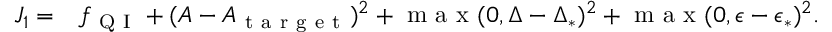
\begin{array} { r l } { J _ { 1 } = } & { { } f _ { \mathrm { ~ Q ~ I ~ } } + ( A - A _ { \mathrm { ~ t ~ a ~ r ~ g ~ e ~ t ~ } } ) ^ { 2 } + \mathrm { ~ m ~ a ~ x ~ } ( 0 , \Delta - \Delta _ { * } ) ^ { 2 } + \mathrm { ~ m ~ a ~ x ~ } ( 0 , \epsilon - \epsilon _ { * } ) ^ { 2 } . } \end{array}